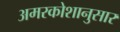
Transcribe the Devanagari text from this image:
अमरकोशानुसार